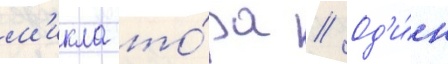
м'икла то́ра // Од'и́н